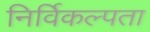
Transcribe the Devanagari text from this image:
निर्विकल्पता